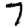
Digit: 7